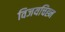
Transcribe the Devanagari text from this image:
विजयचिह्न